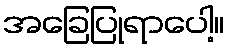
အခြေပြုရာပေါ့။